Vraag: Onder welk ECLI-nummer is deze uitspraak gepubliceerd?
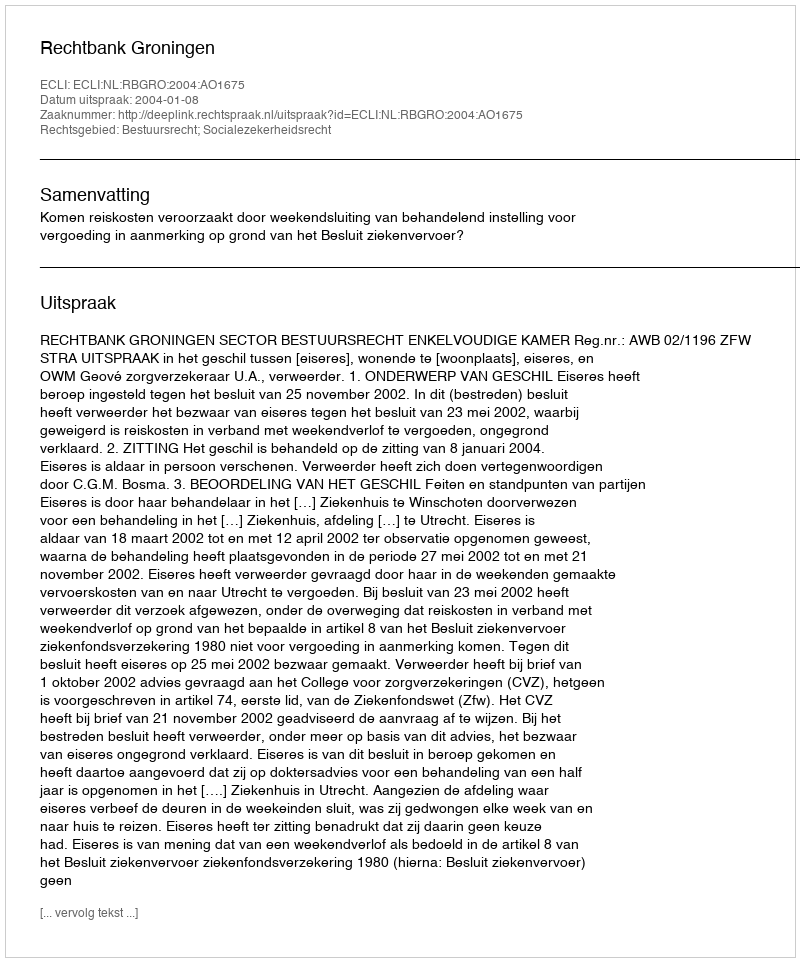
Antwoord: ECLI:NL:RBGRO:2004:AO1675